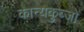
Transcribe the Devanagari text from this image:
कान्यकुब्जो